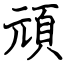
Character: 頑